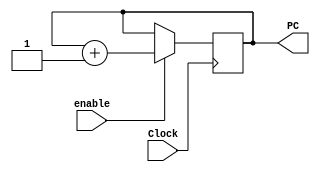
module PCcounter (Clock, enable, PC);

	input Clock, enable;
	output reg [8:0] PC;
	
	initial begin
		PC = 9'b0;
	end
	
	always@(negedge Clock) begin
		if (enable) begin
			PC = PC + 1;
		end
	end

endmodule